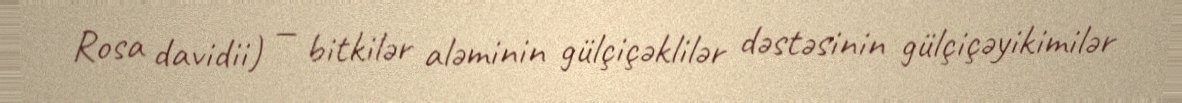
Rosa davidii) — bitkilər aləminin gülçiçəklilər dəstəsinin gülçiçəyikimilər